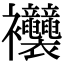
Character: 𧟞